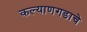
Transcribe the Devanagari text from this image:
कल्याणगडाचे